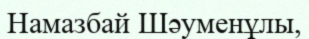
Намазбай Шәуменұлы,